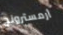
أرمسترونج